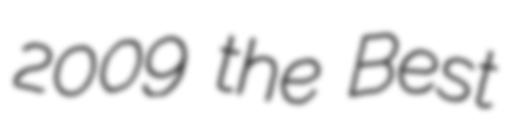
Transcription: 2009 the Best